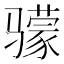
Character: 𬴌